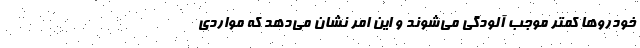
خودرو‌ها کمتر موجب آلودگی می‌شوند و این امر نشان می‌دهد که مواردی